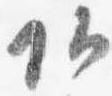
頭